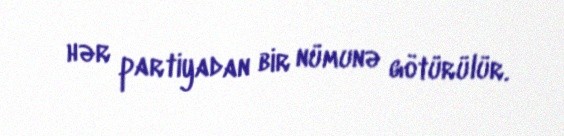
hər partiyadan bir nümunə götürülür.